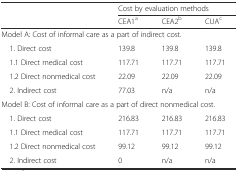
<table><thead><tr><td></td><td colspan="3"><b>Cost by evaluation methods</b></td></tr><tr><td></td><td><b>CEA1<sup>a</sup></b></td><td><b>CEA2<sup>b</sup></b></td><td><b>CUA<sup>c</sup></b></td></tr></thead><tbody><tr><td colspan="4">Model A: Cost of informal care as a part of indirect cost.</td></tr><tr><td> 1. Direct cost</td><td>139.8</td><td>139.8</td><td>139.8</td></tr><tr><td> 1.1 Direct medical cost</td><td>117.71</td><td>117.71</td><td>117.71</td></tr><tr><td> 1.2 Direct nonmedical cost</td><td>22.09</td><td>22.09</td><td>22.09</td></tr><tr><td> 2. Indirect cost</td><td>77.03</td><td>n/a</td><td>n/a</td></tr><tr><td colspan="4">Model B: Cost of informal care as a part of direct nonmedical cost.</td></tr><tr><td> 1. Direct cost</td><td>216.83</td><td>216.83</td><td>216.83</td></tr><tr><td> 1.1 Direct medical cost</td><td>117.71</td><td>117.71</td><td>117.71</td></tr><tr><td> 1.2 Direct nonmedical cost</td><td>99.12</td><td>99.12</td><td>99.12</td></tr><tr><td> 2. Indirect cost</td><td>0</td><td>n/a</td><td>n/a</td></tr></tbody></table>